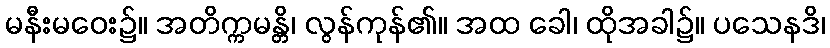
မနီးမဝေး၌။ အတိက္ကမန္တိ၊ လွန်ကုန်၏။ အထ ခေါ၊ ထိုအခါ၌။ ပသေနဒိ၊